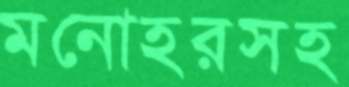
মনোহরসহ